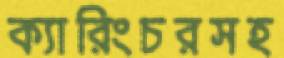
ক্যারিংচরসহ